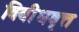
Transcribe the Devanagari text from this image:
विवीधवृत्त